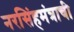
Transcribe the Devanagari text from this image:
नरसिंहमंत्राची